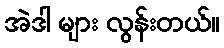
အဲဒါ များ လွန်းတယ်။